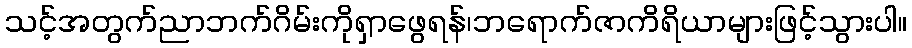
သင့်အတွက်ညာဘက်ဂိမ်းကိုရှာဖွေရန်၊ဘရောက်ဇာကိရိယာများဖြင့်သွားပါ။